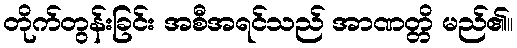
တိုက်တွန်းခြင်း အစီအရင်သည် အာဏတ္တိ မည်၏။